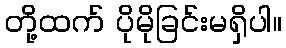
တို့ထက် ပိုမိုခြင်းမရှိပါ။